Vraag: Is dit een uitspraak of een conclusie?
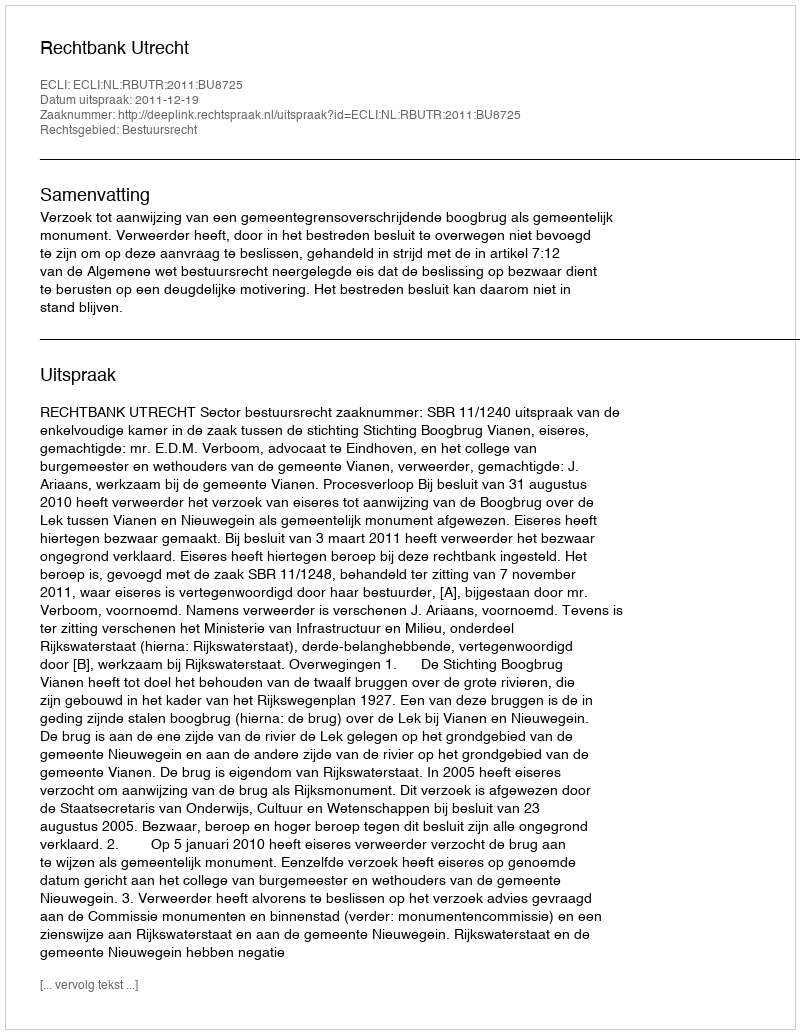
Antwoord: Uitspraak